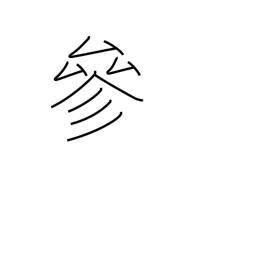
Meaning: coming